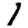
Digit: 1